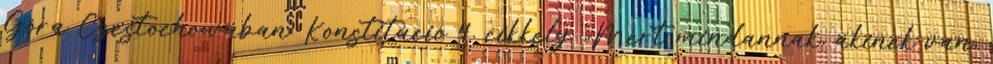
Góra Częstochowában. Konstitúció 4. cikkely „Mert mindannak, akinek van,